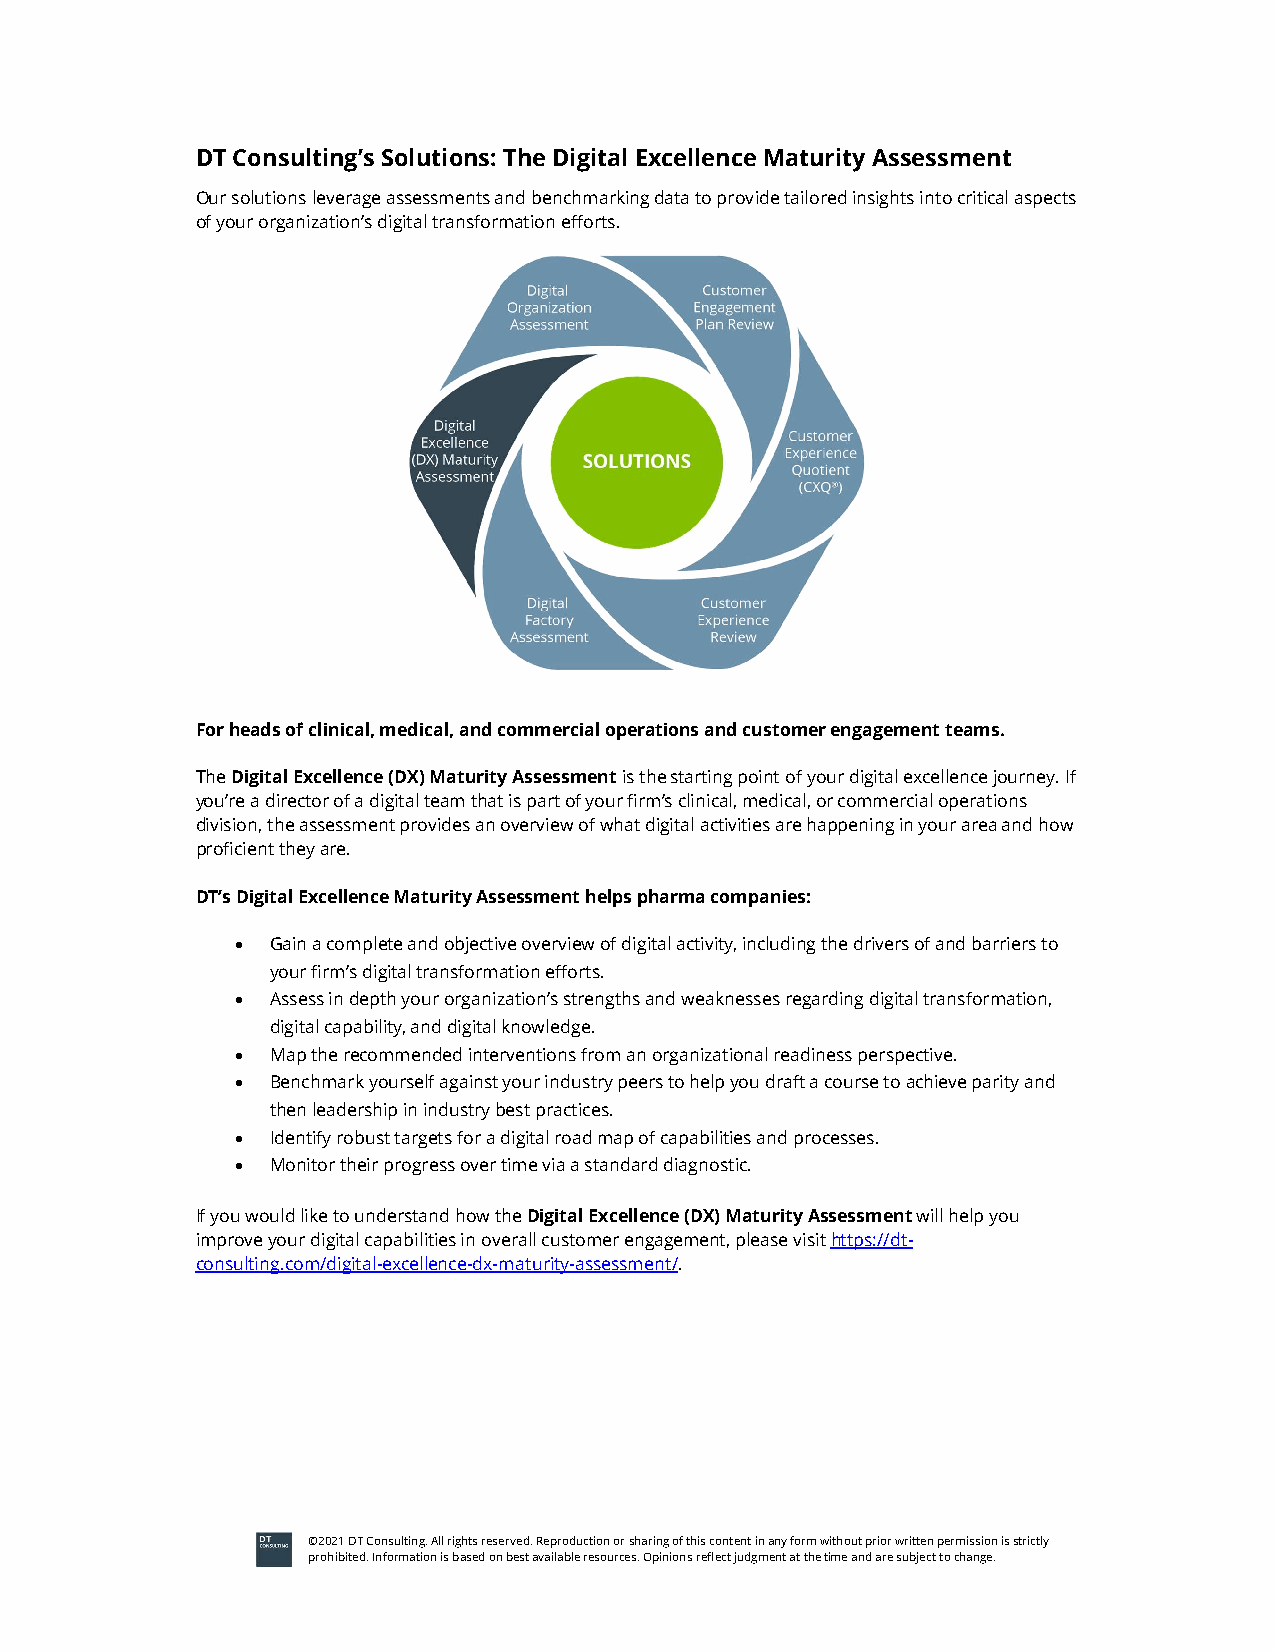
DT Consulting’s Solutions: The Digital Excellence Maturity Assessment
 Our solutions leverage assessments and benchmarking data to provide tailored insights into critical aspects
 of your organization’s digital transformation efforts.
 For heads of clinical, medical, and commercial operations and customer engagement teams.
 The Digital Excellence (DX) Maturity Assessment is the starting point of your digital excellence journey. If
 you’re a director of a digital team that is part of your firm’s clinical, medical, or commercial operations
 division, the assessment provides an overview of what digital activities are happening in your area and how
 proficient they are.
 DT’s Digital Excellence Maturity Assessment helps pharma companies:
  Gain a complete and objective overview of digital activity, including the drivers of and barriers to
 your firm’s digital transformation efforts.
  Assess in depth your organization’s strengths and weaknesses regarding digital transformation,
 digital capability, and digital knowledge.
  Map the recommended interventions from an organizational readiness perspective.
  Benchmark yourself against your industry peers to help you draft a course to achieve parity and
 then leadership in industry best practices.
  Identify robust targets for a digital road map of capabilities and processes.
  Monitor their progress over time via a standard diagnostic.
 If you would like to understand how the Digital Excellence (DX) Maturity Assessment will help you
 improve your digital capabilities in overall customer engagement, please visit https://dt-
 consulting.com/digital-excellence-dx-maturity-assessment/.
 ©2021 DT Consulting. All rights reserved. Reproduction or sharing of this content in any form without prior written permission is strictly
 prohibited. Information is based on best available resources. Opinions reflect judgment at the time and are subject to change.